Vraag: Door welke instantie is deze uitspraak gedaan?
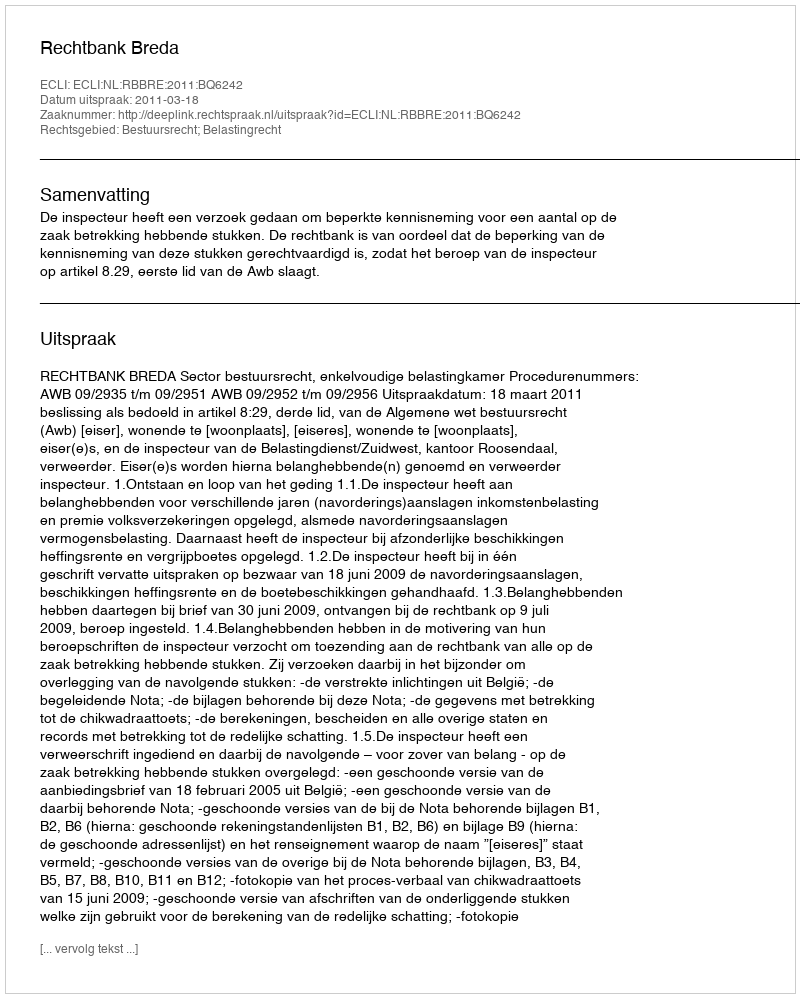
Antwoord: Rechtbank Breda